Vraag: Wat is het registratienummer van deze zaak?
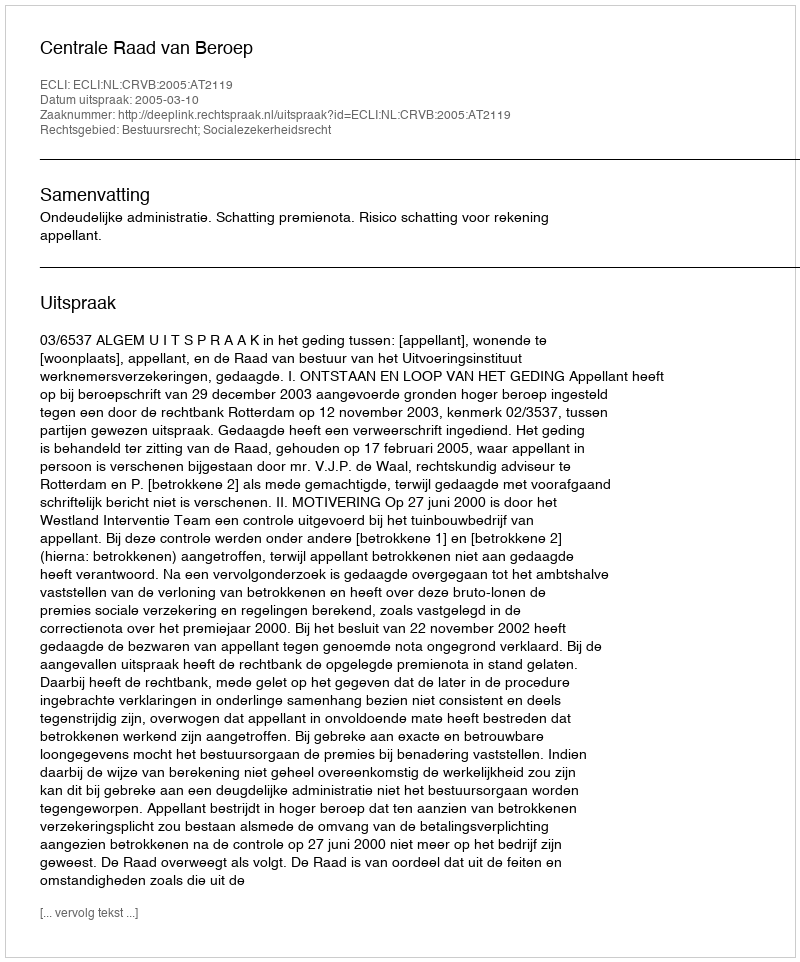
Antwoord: http://deeplink.rechtspraak.nl/uitspraak?id=ECLI:NL:CRVB:2005:AT2119